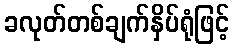
ခလုတ်တစ်ချက်နှိပ်ရုံဖြင့်